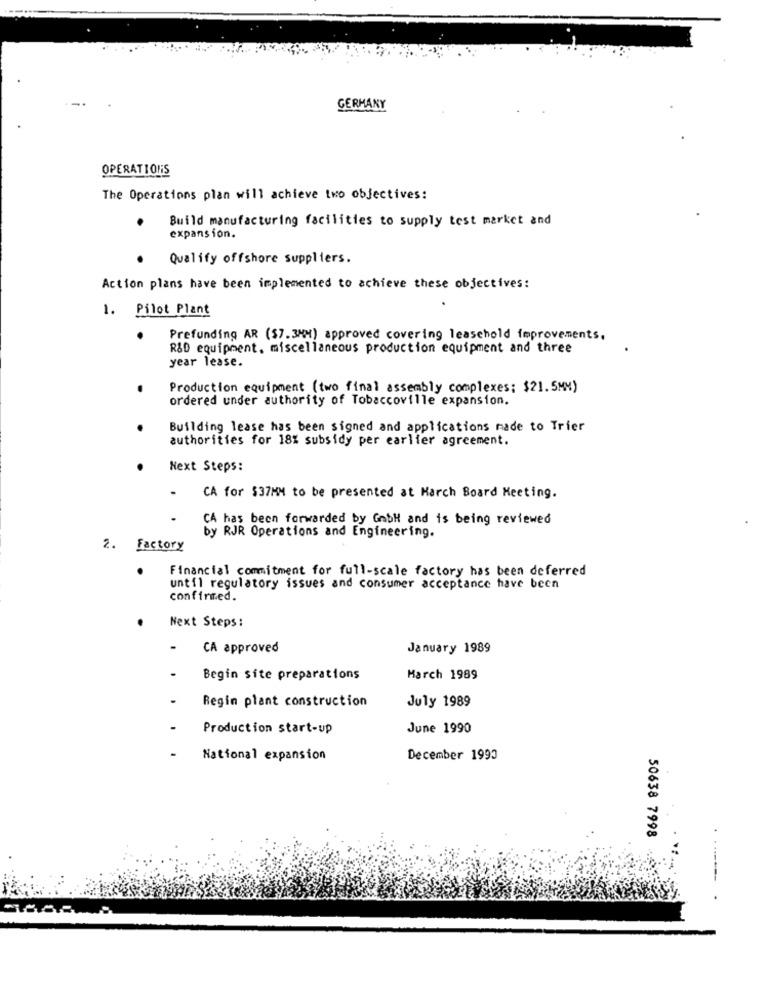
GERMANY
OPERATIONS
The Operations plan will achieve two objectives:
Build manufacturing facilities to supply test market and
expansion.
Qualify offshore suppliers.
Action plans have been implemented to achieve these objectives:
1. Pilot Plant
Prefunding AR ($7.3MM) approved covering leaschold improvements.
R&D equipment. miscellaneous production equipment and three
year lease.
Production equipment (two final assembly complexes; $21.5MM)
ordered under authority of Tobaccoville expansion.
Building lease has been signed and applications made to Trier
authorities for 18% subsidy per earlier agreement.
Next Steps:
CA for $37MM to be presented at March Board Meeting.
CA has been forwarded by GmbH and is being reviewed
by RJR Operations and Engineering.
2. Factory
Financial commitment for full-scale factory has been deferred
until regulatory issues and consumer acceptance have been
confirmed.
Next Steps:
-
CA approved
January 1989
Begin site preparations
March 1989
Regin plant construction
July 1989
Production start-up
June 1990
National expansion
December 1993
50638 7998